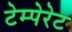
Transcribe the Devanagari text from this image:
टेम्पेरेट